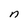
Character: n